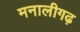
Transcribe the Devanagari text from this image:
मनालीगढ़